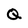
Character: Q